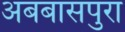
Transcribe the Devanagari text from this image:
अबबासपुरा